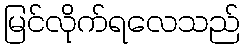
မြင်လိုက်ရလေသည်